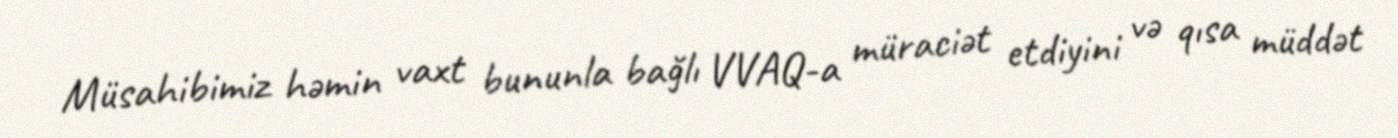
Müsahibimiz həmin vaxt bununla bağlı VVAQ-a müraciət etdiyini və qısa müddət